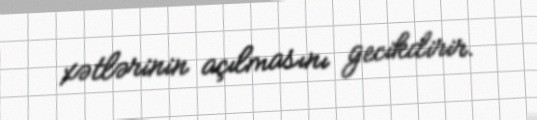
xətlərinin açılmasını gecikdirir.